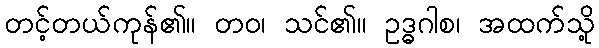
တင့်တယ်ကုန်၏။ တဝ၊ သင်၏။ ဥဒ္ဓဂါစ၊ အထက်သို့